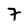
Character: 7